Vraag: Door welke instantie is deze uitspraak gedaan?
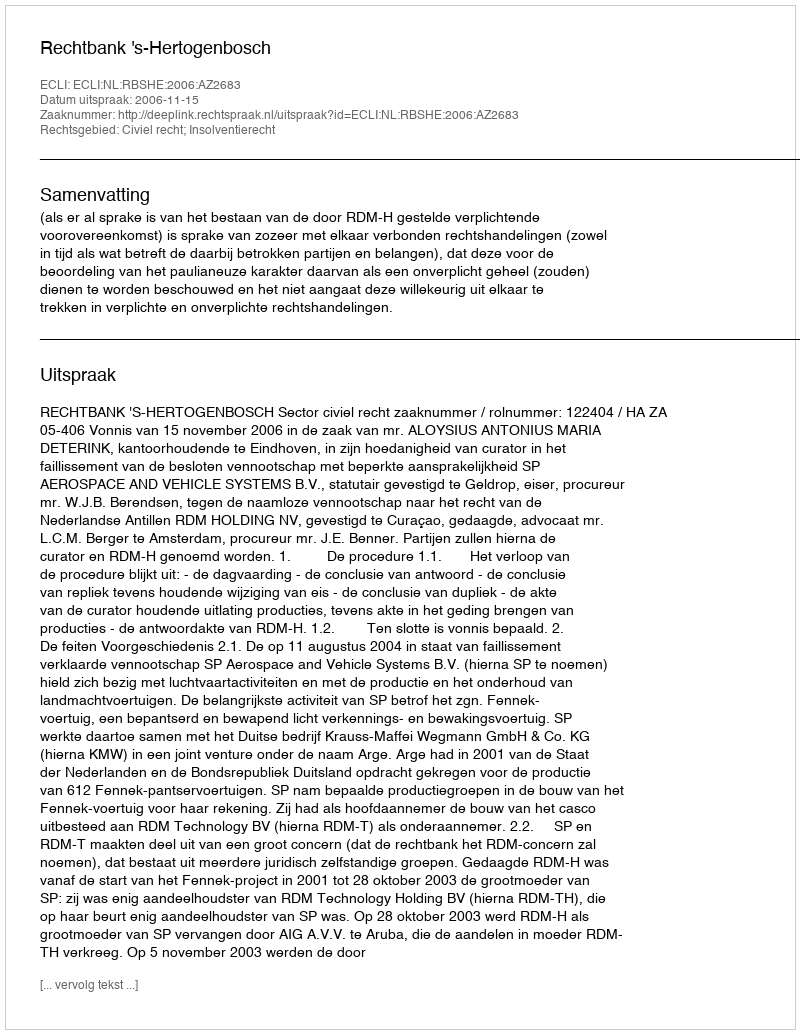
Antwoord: Rechtbank 's-Hertogenbosch